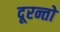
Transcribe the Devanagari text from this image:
दूरन्तो